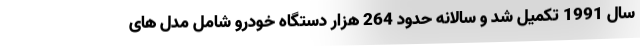
سال 1991 تکمیل شد و سالانه حدود 264 هزار دستگاه خودرو شامل مدل های